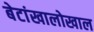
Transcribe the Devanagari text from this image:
बेटांखालोखाल